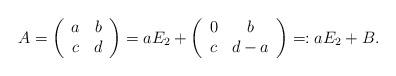
LaTeX: \begin{align*}A=\left(\begin{array}{cc}a&b \\c&d \\\end{array}\right)=aE_2+\left(\begin{array}{cc}0&b \\c&d-a \\\end{array}\right)=:aE_2+B.\end{align*}